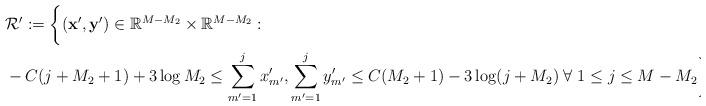
LaTeX: \begin{align*} &\mathcal{R}' := \bigg \{ (\mathbf{x}',\mathbf{y}') \in \mathbb{R}^{M-M_2} \times \mathbb{R}^{M-M_2} : \\ &- C (j+M_2+1) + 3 \log M_2 \le \sum_{m'=1}^j x_{m'}', \sum_{m'=1}^j y_{m'}' \le C(M_2+1) - 3 \log(j+M_2) \; \forall \; 1 \le j \le M - M_2 \bigg \}. \end{align*}